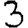
Digit: 3